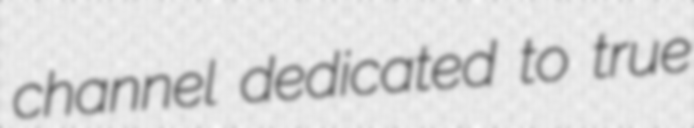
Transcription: channel dedicated to true